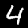
Label: 4